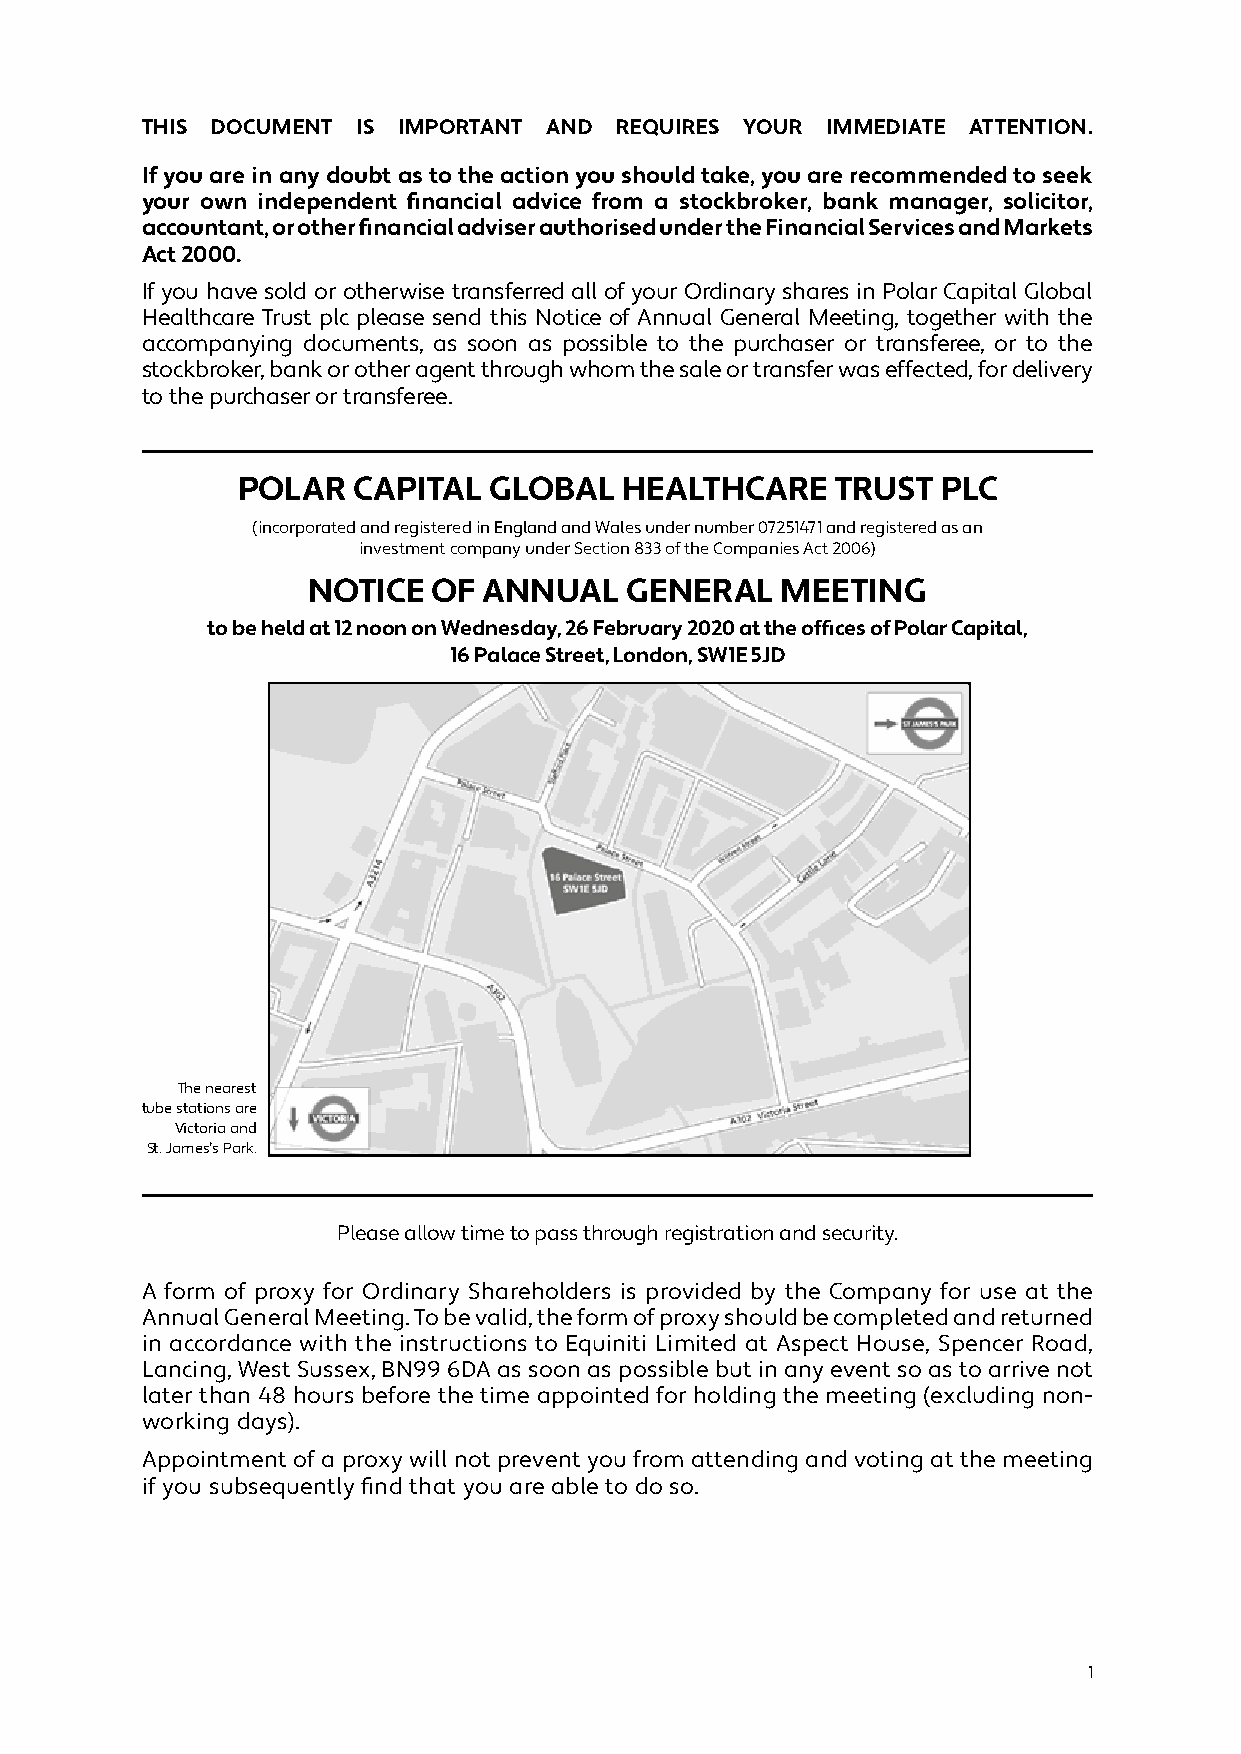
THIS DOCUMENT  IS IMPORTANT AND REQUIRES YOUR IMMEDIATE ATTENTION.
 If you are in any doubt as to the action you should take, you are recommended to seek
 your own independent financial advice from a stockbroker, bank manager, solicitor,
 accountant, or other financial adviser authorised under the Financial Services and Markets
 Act 2000.
 If you have sold or otherwise transferred all of your Ordinary shares in Polar Capital Global
 Healthcare Trust plc please send this Notice of Annual General Meeting, together with the
 accompanying documents, as soon as possible to the purchaser or transferee, or to the
 stockbroker, bank or other agent through whom the sale or transfer was effected, for delivery
 to the purchaser or transferee.
 POLAR  CAPITAL  GLOBAL   HEALTHCARE    TRUST  PLC
 (incorporated and registered in England and Wales under number 07251471 and registered as an
 investment company under Section 833 of the Companies Act 2006)
 NOTICE   OF ANNUAL   GENERAL    MEETING
 to be held at 12 noon on Wednesday, 26 February 2020 at the offices of Polar Capital,
 16 Palace Street, London, SW1E 5JD
 The nearest
 tube stations are
 Victoria and
 St. James’s Park.
 Please allow time to pass through registration and security.
 A form of proxy for Ordinary Shareholders is provided by the Company for use at the
 Annual General Meeting. To be valid, the form of proxy should be completed and returned
 in accordance with the instructions to Equiniti Limited at Aspect House, Spencer Road,
 Lancing, West Sussex, BN99 6DA as soon as possible but in any event so as to arrive not
 later than 48 hours before the time appointed for holding the meeting (excluding non-
 working days).
 Appointment of a proxy will not prevent you from attending and voting at the meeting
 if you subsequently find that you are able to do so.
 1